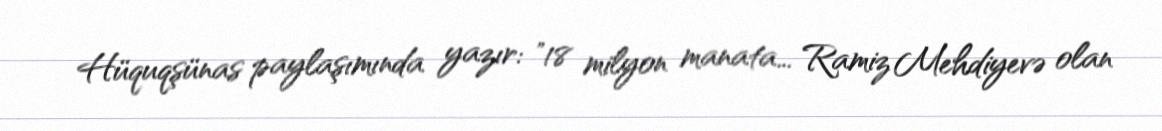
Hüquqşünas paylaşımında yazır: "18 milyon manata... Ramiz Mehdiyevə olan